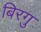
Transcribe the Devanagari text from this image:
बिरगु